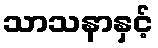
သာသနာနှင့်